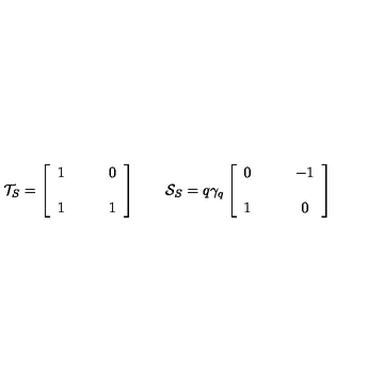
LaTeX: { \cal T } _ { S } = \left[ \begin{array} { c c } { 1 } & { \qquad 0 } \\ { } & { } \\ { 1 } & { \qquad 1 } \\ \end{array} \right] \qquad { \cal S } _ { S } = q \gamma _ { q } \left[ \begin{array} { c c } { 0 } & { \qquad - 1 } \\ { } & { } \\ { 1 } & { \qquad 0 } \\ \end{array} \right]